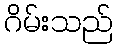
ဂိမ်းသည်